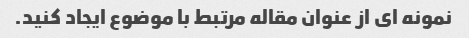
نمونه ای از عنوان مقاله مرتبط با موضوع ایجاد کنید.